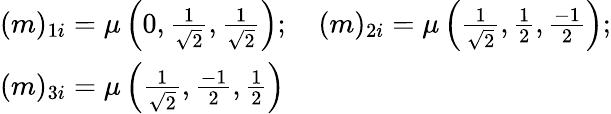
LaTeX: \begin{array}{l}{{(m)_{1i}=\mu\left(0,\frac 1{\sqrt{2}},\frac 1{\sqrt{2}}\right);\quad(m)_{2i}=\mu\left(\frac 1{\sqrt{2}},\frac 12,\frac{-1}2\right);}}\\ {{(m)_{3i}=\mu\left(\frac 1{\sqrt{2}},\frac{-1}2,\frac 12\right)}}\end{array}